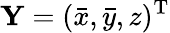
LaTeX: {\mathbf Y}=(\bar{x},\bar{y},z)^{{\mathrm T}}